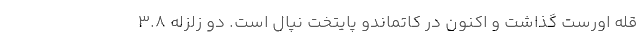
قله اورست گذاشت و اکنون در کاتماندو پایتخت نپال است. دو زلزله ۳.۸